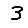
Digit: 3